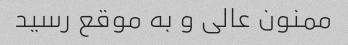
ممنون عالی و به موقع رسید